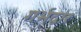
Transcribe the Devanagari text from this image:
गर्भद्वार